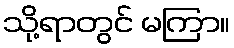
သို့ရာတွင် မကြာ။